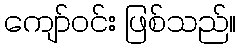
ကျော်ဝင်း ဖြစ်သည်။